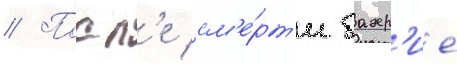
// Посл'е см'е́рт'и бахр'ие